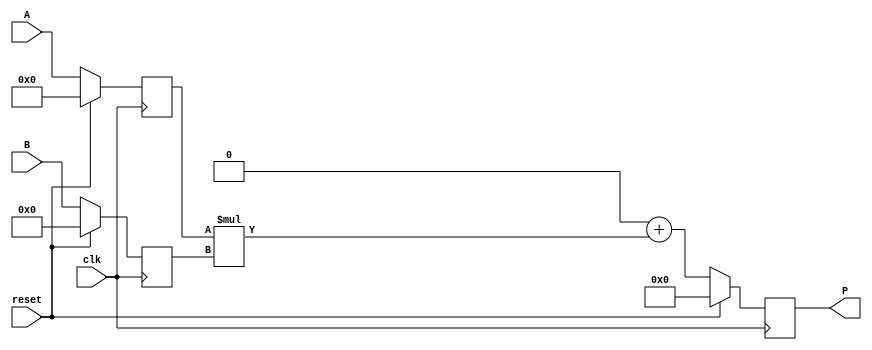
module dsp_add_mul_output_to_accum_20lsb_neg (clk, reset, A, B, P);
	input clk, reset;
	input signed [19:0] A;
	input signed [17:0] B;
	output reg signed [37:0] P;
	reg signed [19:0] i1;
	reg signed [17:0] i2;
	reg signed [37:0] mul, adder_ = 38'b0;
	reg signed [37:0] adder;
	always @(negedge clk) begin
		if(reset == 1) begin
			i1 <= 0;
			i2 <= 0;
		end
		else begin
			i1 <= A;
			i2 <= B;
		end
	end
	always @(negedge clk) begin
		if (reset ==1 )
			P <= 0;
		else 
			P<= adder;

	end

	always @ (*)  begin
		mul  = i1 * i2;
	end

	always @ (*)  begin
			adder = adder_ + mul;
	end
endmodule